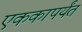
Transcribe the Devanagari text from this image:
एककापर्यंत